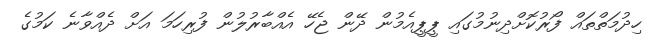
ހިދުމަތްތައް ފޯރުކޮށްދިނުމުގައި ޕީޕީއެމުން ދޭން ޖެހޭ އެއްބާރުލުން ފުރިހަމަ އަށް ދެއްވާނެ ކަމުގެ